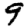
Digit: 9